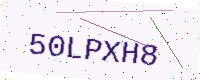
Text: 50LPXH8